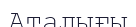
Аталығы